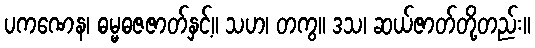
ပကဏေန၊ ဓမ္မဓဇဇာတ်နှင့်။ သဟ၊ တကွ။ ဒသ၊ ဆယ်ဇာတ်တို့တည်း။